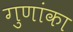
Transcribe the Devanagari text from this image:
गुणांका